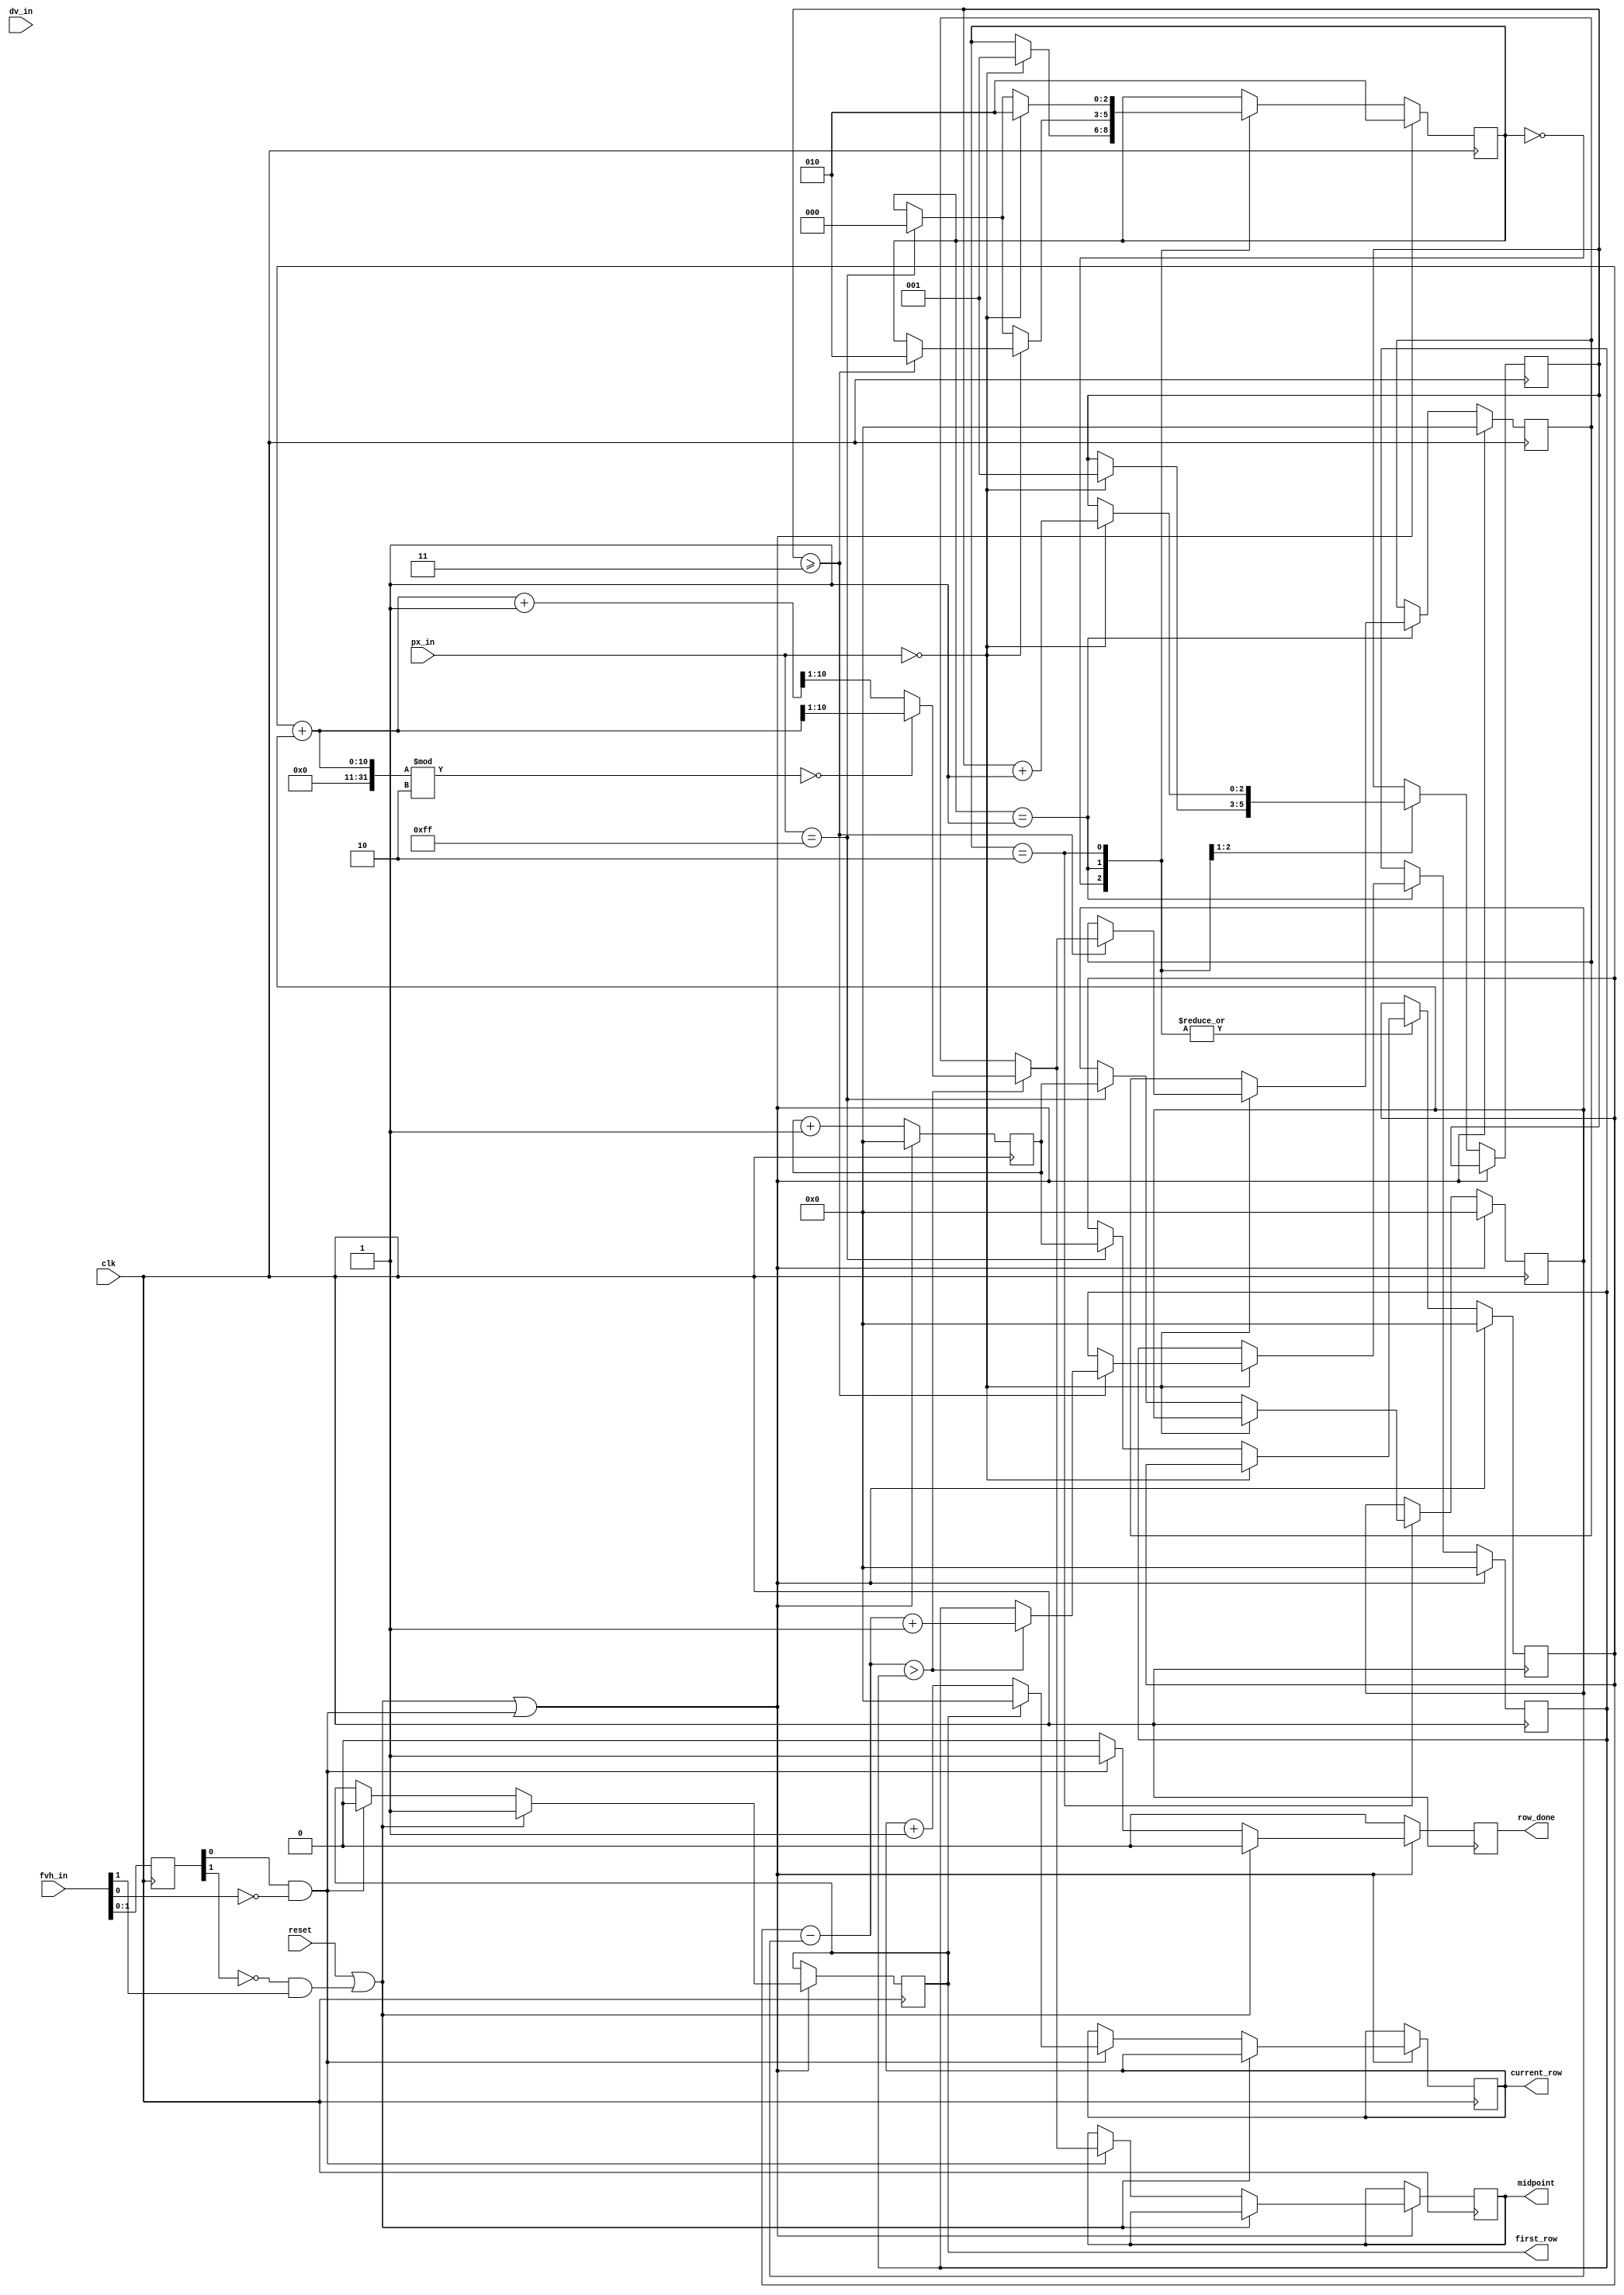
`timescale 1ns / 1ps
//////////////////////////////////////////////////////////////////////////////////
// Company: 
// Engineer: 
// 
// Design Name: 
// Module Name:    skeletonize 
// Project Name: 
// Target Devices: 
// Tool versions: 
// Description: 
//
// Dependencies: 
//
// Revision: 
// Revision 0.01 - File Created
// Additional Comments: 
//
//////////////////////////////////////////////////////////////////////////////////
module skeletonize(clk, reset, fvh_in, dv_in, px_in, current_row, midpoint, row_done, first_row);
   input wire clk, reset, dv_in;
	input wire [2:0] fvh_in;
	input wire [7:0] px_in;
	output reg [9:0] current_row;
	output reg [9:0] midpoint;
	output reg row_done;
	
	parameter S_WHITE_BLOCK = 2'b00;
	parameter S_WHITE_NOISE = 2'b01;
	parameter S_BLACK = 2'b10;
	
	parameter BLACK = 8'h00;
	parameter WHITE = 8'hFF;
	
	parameter NOISE_TOLERANCE = 3;
	
	reg [2:0] last_fvh;
	
	reg [9:0] max_length;
	reg [9:0] current_length;
	reg [9:0] max_idx;
	reg [9:0] current_idx;
	reg [9:0] current_start_idx;
	reg [9:0] current_end_idx;
	reg [2:0] state;
	reg [2:0] last_state;
	reg [2:0] noise_counter;
	assign new_frame = ~last_fvh[1] && fvh_in[1];
	assign new_line = last_fvh[0] && ~fvh_in[0];
	
	output reg first_row;
	always @(posedge clk) begin
		last_fvh[2:0] <= fvh_in;
		last_state <= state;
		if (row_done) row_done <= 0;
		
		// Reinitialize all variables on each new line/frame
		if (reset || new_frame || new_line) begin
			max_length <= 0;
			current_length <= 0;
			max_idx <= 0;
			current_idx <= 0;
			current_start_idx <= 0;
			current_end_idx <= 0;
			state <= S_BLACK;
			if (reset || new_frame) begin
				first_row <= 1;
			end
			else if (new_line) begin
				if(first_row) begin
					first_row <= 0;
					current_row <= 0;//(first_row) ? 0 : current_row+1;
				end
				else current_row <= current_row + 1;
				// Output the midpoint column
				if (current_end_idx - current_start_idx > max_length) begin
					midpoint <= (current_end_idx + current_start_idx)%2 == 0 ? 
									((current_end_idx + current_start_idx) >> 1) : ((current_end_idx + current_start_idx + 1) >> 1);
				end
				else midpoint <= max_idx;
				row_done <= 1;
			end
		end
		else begin
			current_idx <= current_idx + 1;
			case(state)
				S_WHITE_BLOCK: begin
					if (px_in == BLACK) begin
						state <= S_WHITE_NOISE;
						noise_counter <= 1;
					end
					else if (px_in == WHITE) begin
						current_length <= current_length + 1;
						current_end_idx <= current_idx;
					end
				end 
				S_WHITE_NOISE: begin
					if (px_in == BLACK) begin
						noise_counter <= noise_counter + 1;
						if(noise_counter >= NOISE_TOLERANCE) begin
							state <= S_BLACK;
							// Record the chain of whites we just ended
							if (current_end_idx - current_start_idx > max_length) begin
								max_length <= current_end_idx - current_start_idx + 1;
								max_idx <= (current_end_idx + current_start_idx)%2 == 0 ? 
									((current_end_idx + current_start_idx) >> 1) : ((current_end_idx + current_start_idx + 1) >> 1);
							end
						end
					end
					else if (px_in == WHITE) begin 
						state <= S_WHITE_BLOCK;
						current_length <= current_length + noise_counter + 1; // fill in noisy pixels
						current_end_idx <= current_idx;
					end
				end
				S_BLACK: begin
					if (px_in == BLACK) state <= S_BLACK;
					else if (px_in == WHITE) begin
						state <= S_WHITE_BLOCK;
						current_start_idx <= current_idx;
						current_end_idx <= current_idx;
						current_length <= 1;
					end
				end
			endcase
		end
	end
endmodule